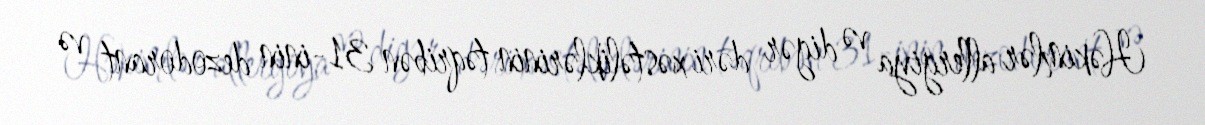
Həkimlər allergiya və digər dəri xəstəliklərinin təqribən 31-inin dezodorant və